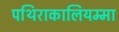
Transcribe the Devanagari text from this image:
पथिराकालियम्मा